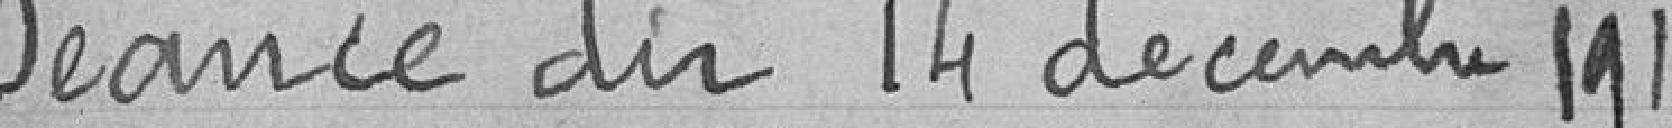
Séance du 14 décembre 1918